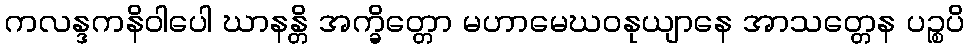
ကလန္ဒကနိဝါပေါ ဃာနန္တိ အက္ခိတ္တော မဟာမေဃဝနုယျာနေ အာသတ္တေန ပဉ္စပိ